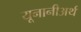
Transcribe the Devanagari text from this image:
यूनानीअर्थ